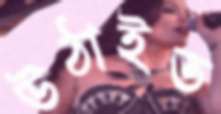
উঠাইত